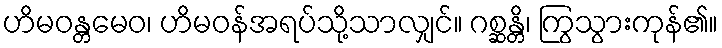
ဟိမဝန္တမေဝ၊ ဟိမဝန်အရပ်သို့သာလျှင်။ ဂစ္ဆန္တိ၊ ကြွသွားကုန်၏။